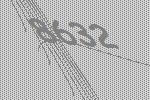
8632